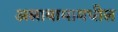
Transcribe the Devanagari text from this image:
अलाबामामधील